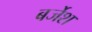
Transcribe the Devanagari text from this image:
बर्जेश